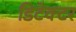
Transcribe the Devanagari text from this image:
डिटेक्‍टर